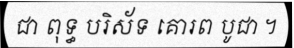
ជា ពុទ្ធ បរិស័ទ គោរព បូជា ។